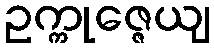
ဥက္ကုဇ္ဇေယျ